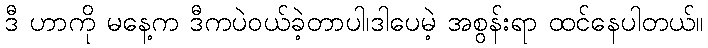
ဒီ ဟာကို မနေ့က ဒီကပဲဝယ်ခဲ့တာပါ၊ဒါပေမဲ့ အစွန်းရာ ထင်နေပါတယ်။